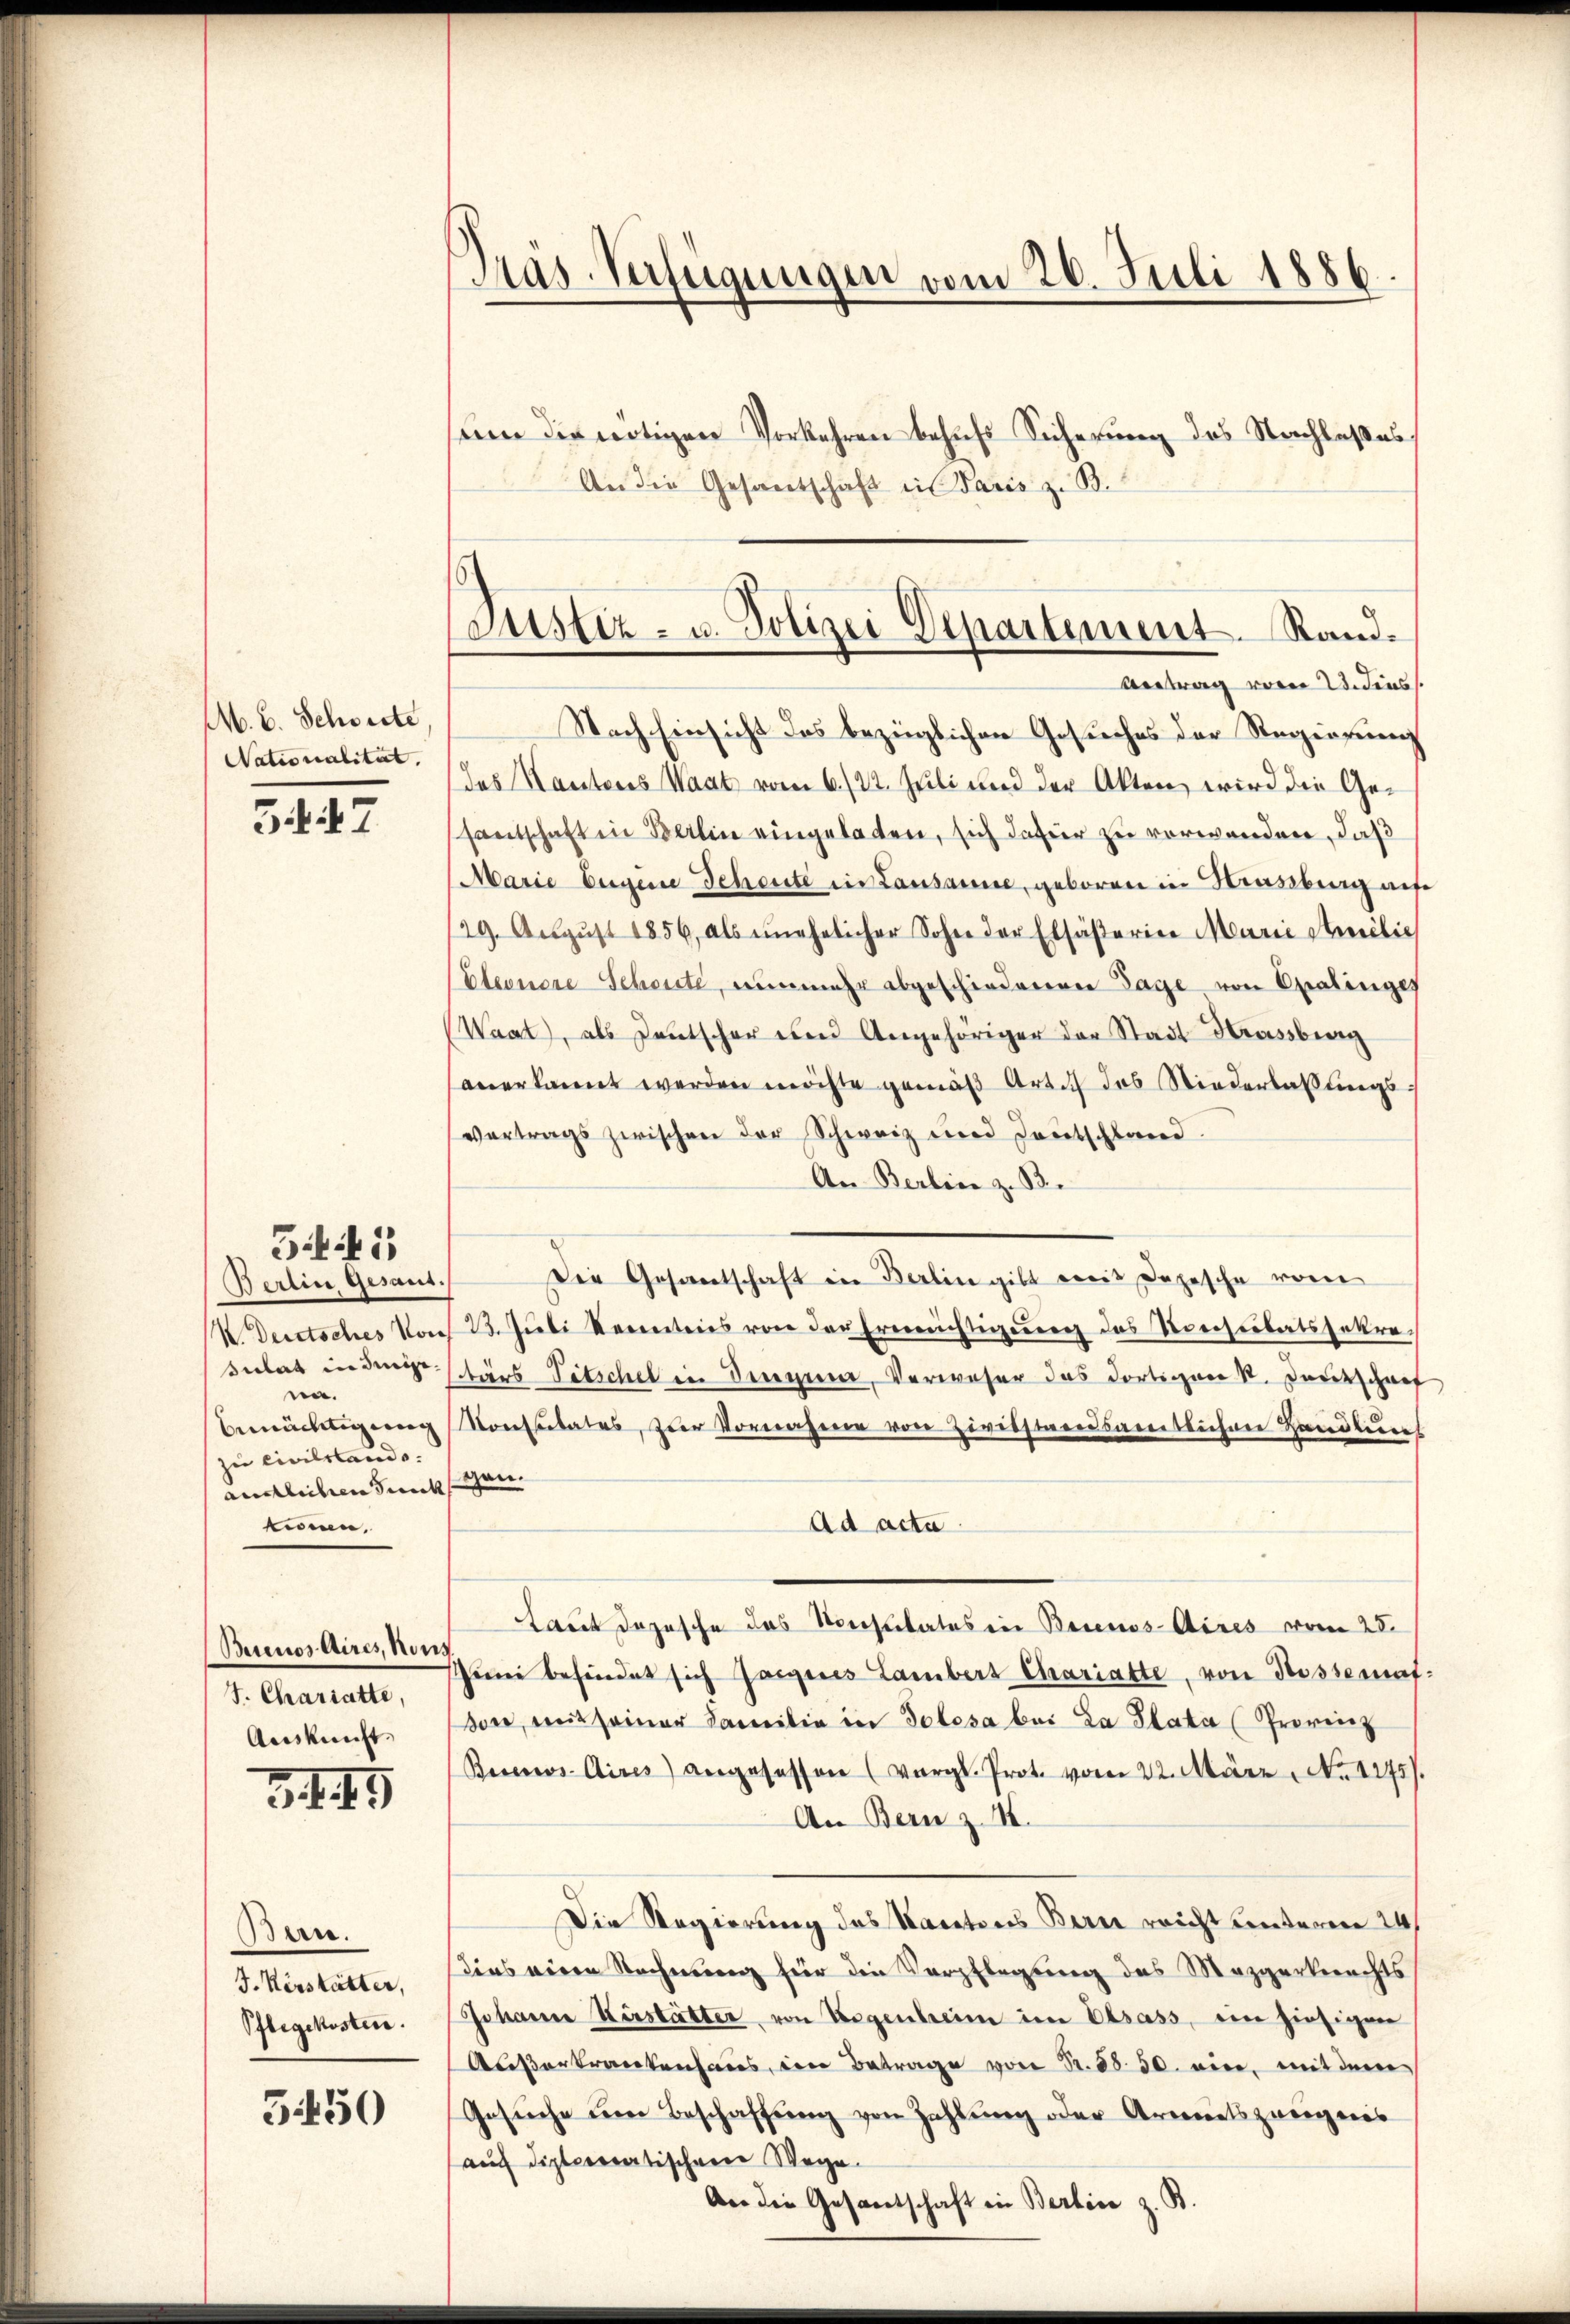
M. C. Schwerte
Nationalität.

5447

Berlin Gesant.
K. Deutsches Vor
sulat in dinige.
na.
bemächtigung
zu Civilstands.
aechlichen Sinnet |
tinen.

Bii

Buenos Aires, non
J. Chariatte,
Auskunft.

3449

Ban.
J. Verstätter,
Pflegekosten.

3450

Präs-Verfügungen vom 26. Juli 1886

Justiz- u. Polizei Departement. Rand¬
Antrag vom 23. Fens

sum die nötigen Vorkehren behufs Sicherung des Nachlasses
An die Gesantschaft in Paris z. B.
Nach Einsicht des bezüglichen Gesuches der Regierung
das Kantores Waat vom 6./22. Juli und der Akten wird die Gesantschaft in Berlin eingeladen, sich dafür zu verwanden, daß
Marie Eigene Scheute in Lausanne, geboren in Strassberg auf
29. Aŭgŭst 1856, als unehelicher Sohn der Elsäβerina Marie Meilis
Eleonere Schönste, nunmehr abgeschiedereren Tage von Opalinge
Waat, als Deutscher und Angehöriger der Stadt Krassberg
anerkannt werden möchte gemäβ Art. des Niederlassŭngs-
vertrags zwischen der Schweiz und Deutschland.
An Berlier z. B.
Die Gesantschaft in Berlin gibt mit Depesche vom
23. Juli Kenntens von der Erreichtigung des Konstitatssekretärs Pitschel in Dingen, Verweser das dortigen St. Dankschrif
Konsulates, zur Vornageren von Zivilstandsareetlichere Handleres
gan.
Ad acta
Laut Dojesche das Konsulates in Bernos-Aires vom 28.
ei befindet sich Jaigenes Lambert Chariatte, von Rossemaf:
son, mit seiner Familie in Solesa bei La Plata (Provinz
Beines Aires) angesessen (Vergl. Prot. vom 22. März No. 1275).
An Bern z. 18.
Die Regierung des Kantons Bern reicht unteren 24/
dies einen Rechnung für die Verpflegung des Mezgerberechts
Johanne Herstätter, von Regenheim im Elsass, ein hiesigen
Außerkrankenhaus, in Betrage von S. 88. 50. ein, mit dem
Gesŭche ŭm Beschaffŭng von Zahlŭng oder Armenatszweigens
auf diplomatischen Wege.
An die Gesantschaft in Berline z. B.